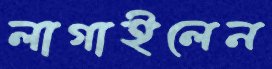
লাগাইলেন